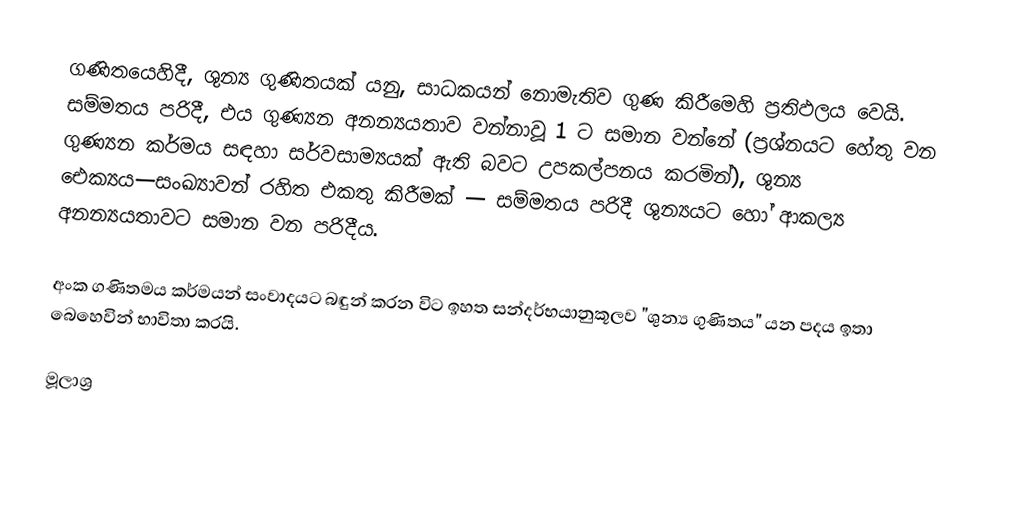
ගණිතයෙහිදී, ශුන්‍ය ගුණිතයක් යනු, සාධකයන් නොමැතිව ගුණ කිරීමෙහි ප්‍රතිඵලය වෙයි. සම්මතය පරිදී, එය  ගුණ්‍යන  අනන්‍යයතාව වන්නාවූ 1 ට සමාන වන්නේ (ප්‍රශ්නයට හේතු වන ගුණ්‍යන කර්මය සඳහා සර්වසාම්‍යයක් ඇති බවට උපකල්පනය කරමින්), ශුන්‍ය ඓක්‍යය—සංඛ්‍යාවන් රහිත එකතු කිරීමක් — සම්මතය පරිදී ශුන්‍යයට හෝ ආකල්‍ය අනන්‍යයතාවට සමාන වන පරිදීය.

අංක ගණිතමය කර්මයන් සංවාදයට බඳුන් කරන විට ඉහත සන්දර්භයානුකූලව "ශුන්‍ය ගුණිතය" යන පදය ඉතා බෙහෙවින් භාවිතා කරයි.

මූලාශ්‍ර